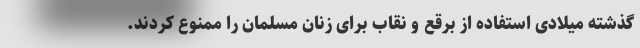
گذشته میلادی استفاده از برقع و نقاب برای زنان مسلمان را ممنوع کردند.